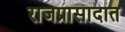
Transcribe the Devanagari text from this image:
राजप्रासादात